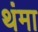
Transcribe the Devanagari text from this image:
थंमा